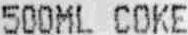
500ML COKE